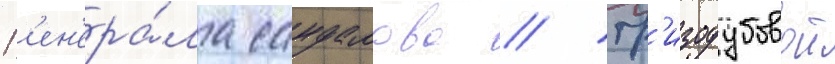
Г'ен'ера́ла сандалова // Гр'изодубовои